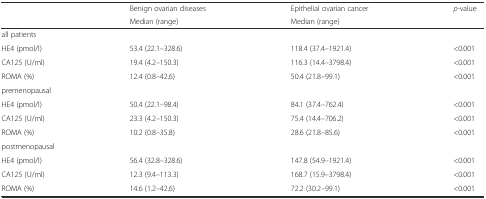
<table><thead><tr><td rowspan="2"></td><td><b>Benign ovarian diseases</b></td><td><b>Epithelial ovarian cancer</b></td><td rowspan="2"><b><i>p</i>-value</b></td></tr><tr><td><b>Median (range)</b></td><td><b>Median (range)</b></td></tr></thead><tbody><tr><td colspan="4">all patients</td></tr><tr><td>HE4 (pmol/l)</td><td>53.4 (22.1–328.6)</td><td>118.4 (37.4–1921.4)</td><td>&lt;0.001</td></tr><tr><td>CA125 (U/ml)</td><td>19.4 (4.2–150.3)</td><td>116.3 (14.4–3798.4)</td><td>&lt;0.001</td></tr><tr><td>ROMA (%)</td><td>12.4 (0.8–42.6)</td><td>50.4 (21.8–99.1)</td><td>&lt;0.001</td></tr><tr><td colspan="4">premenopausal</td></tr><tr><td>HE4 (pmol/l)</td><td>50.4 (22.1–98.4)</td><td>84.1 (37.4–762.4)</td><td>&lt;0.001</td></tr><tr><td>CA125 (U/ml)</td><td>23.3 (4.2–150.3)</td><td>75.4 (14.4–706.2)</td><td>&lt;0.001</td></tr><tr><td>ROMA (%)</td><td>10.2 (0.8–35.8)</td><td>28.6 (21.8–85.6)</td><td>&lt;0.001</td></tr><tr><td colspan="4">postmenopausal</td></tr><tr><td>HE4 (pmol/l)</td><td>56.4 (32.8–328.6)</td><td>147.8 (54.9–1921.4)</td><td>&lt;0.001</td></tr><tr><td>CA125 (U/ml)</td><td>12.3 (9.4–113.3)</td><td>168.7 (15.9–3798.4)</td><td>&lt;0.001</td></tr><tr><td>ROMA (%)</td><td>14.6 (1.2–42.6)</td><td>72.2 (30.2–99.1)</td><td>&lt;0.001</td></tr></tbody></table>